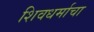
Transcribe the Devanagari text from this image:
शिवधर्माचा